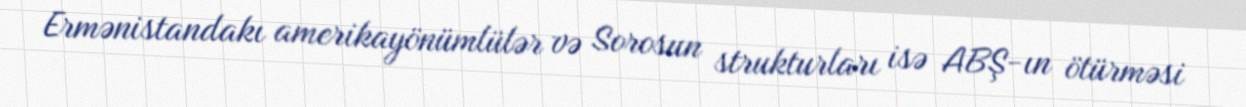
Ermənistandakı amerikayönümlülər və Sorosun strukturları isə ABŞ-ın ötürməsi